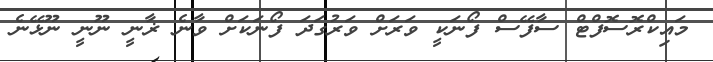
މައިކްރޮސޮފްޓް ސާފޭސް ފޯނަކީ ވަރަށް ވަރުގަދަ ފޯނަކަށް ވާނެ ޜާނީ ނޫނީ ނޫޅޭނެ